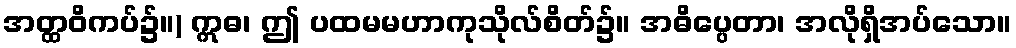
အတ္ထဝိကပ်၌။) ဣဓ၊ ဤ ပထမမဟာကုသိုလ်စိတ်၌။ အဓိပ္ပေတာ၊ အလိုရှိအပ်သော။